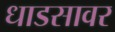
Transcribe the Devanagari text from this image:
धाडसावर